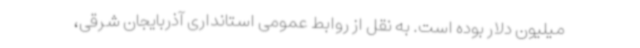
میلیون دلار بوده است. به نقل از روابط عمومی استانداری آذربایجان شرقی،